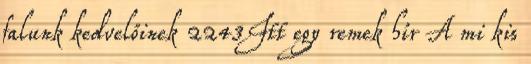
falunk kedvelőinek 2243Itt egy remek hír A mi kis